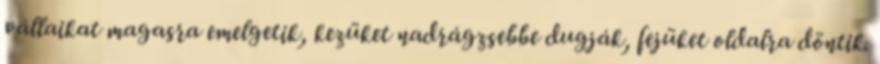
vállaikat magasra emelgetik, kezüket nadrágzsebbe dugják, fejüket oldalra döntik.